65_HS1-834228961_62-HQ-83894_Section_5
Agency: FBI
Page 144
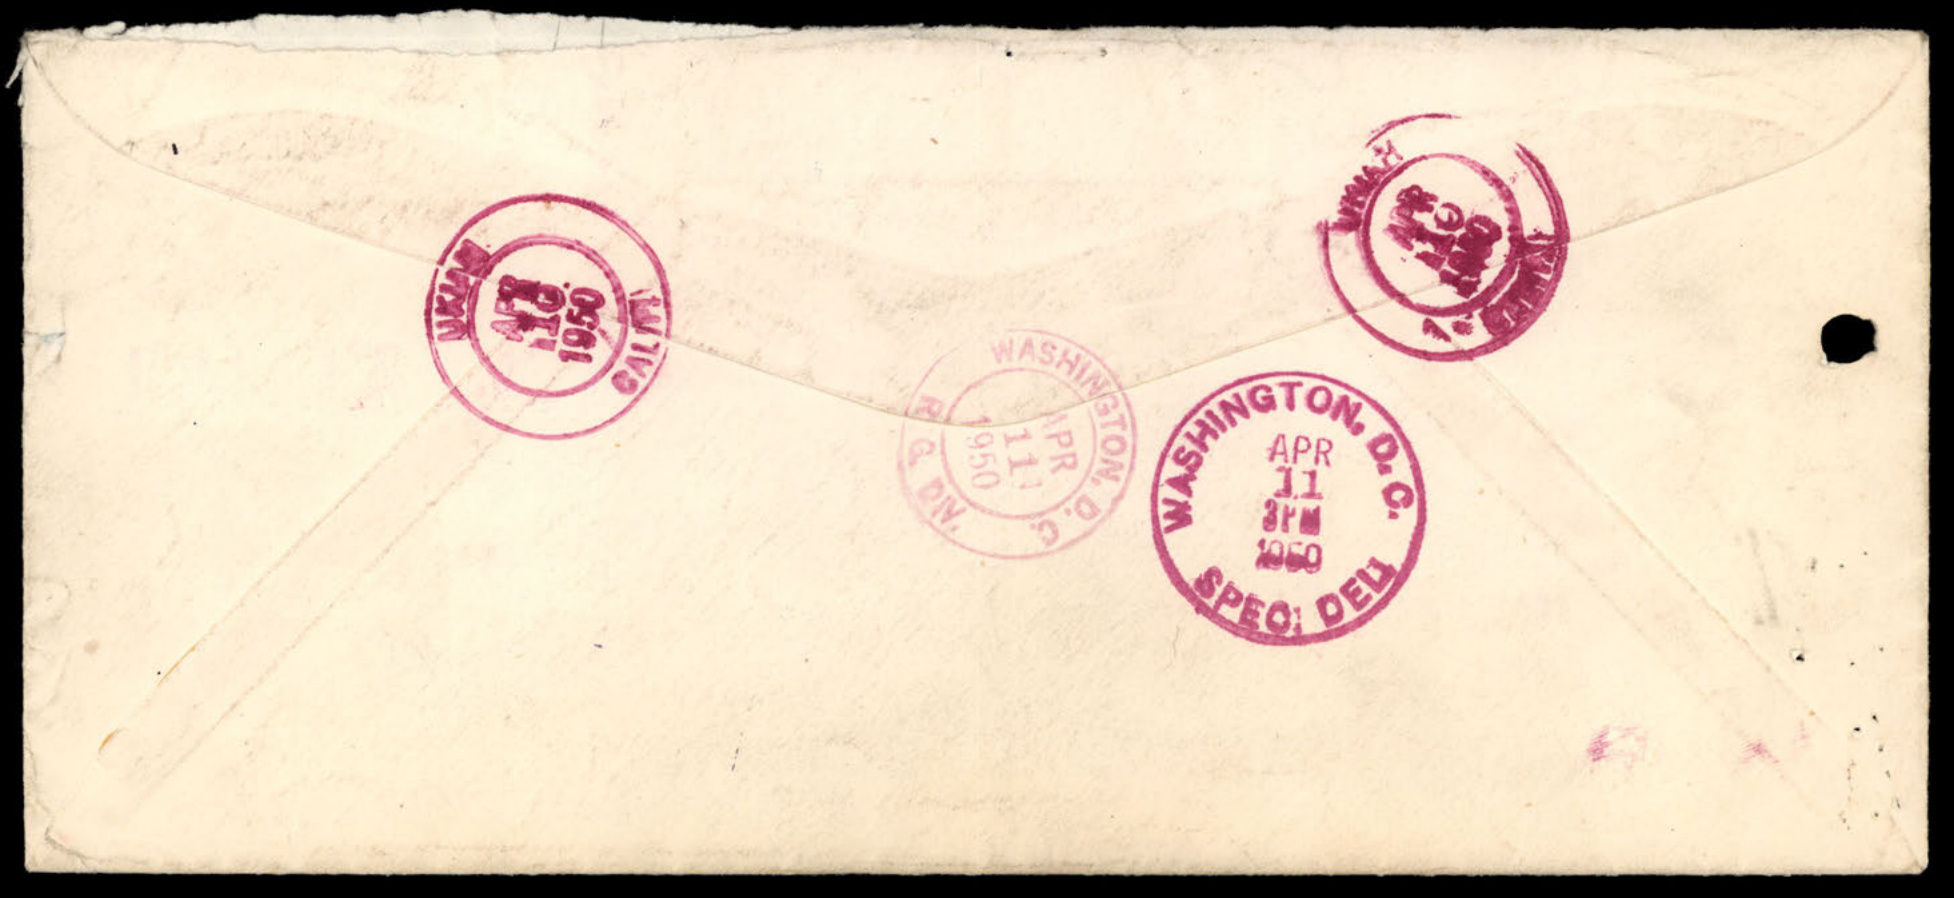